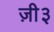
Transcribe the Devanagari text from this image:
ज़ी३